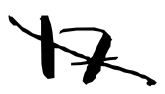
Text: 17
Cross-out: diagonal
Writing tool: digital_black